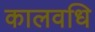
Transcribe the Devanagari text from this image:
कालवधि